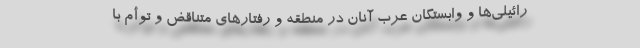
رائیلی‌ها و وابستگان عرب آنان در منطقه و رفتارهای متناقض و توأم با